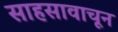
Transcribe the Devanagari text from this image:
साहसावाचून